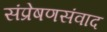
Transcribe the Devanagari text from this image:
संप्रेषणसंवाद